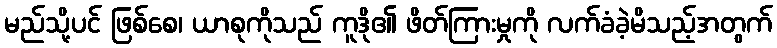
မည်သို့ပင် ဖြစ်စေ၊ ယာစုကိုသည် ကူဒို၏ ဖိတ်ကြားမှုကို လက်ခံခဲ့မိသည့်အတွက်